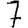
Digit: 7